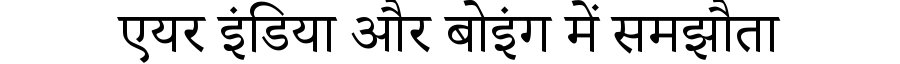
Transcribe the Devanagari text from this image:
एयर इंडिया और बोइंग में समझौता